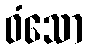
ဝံသော